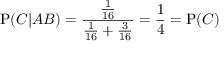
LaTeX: \mathrm { P } ( C | A B ) = { \frac { \frac { 1 } { 1 6 } } { { \frac { 1 } { 1 6 } } + { \frac { 3 } { 1 6 } } } } = { \frac { 1 } { 4 } } = \mathrm { P } ( C )